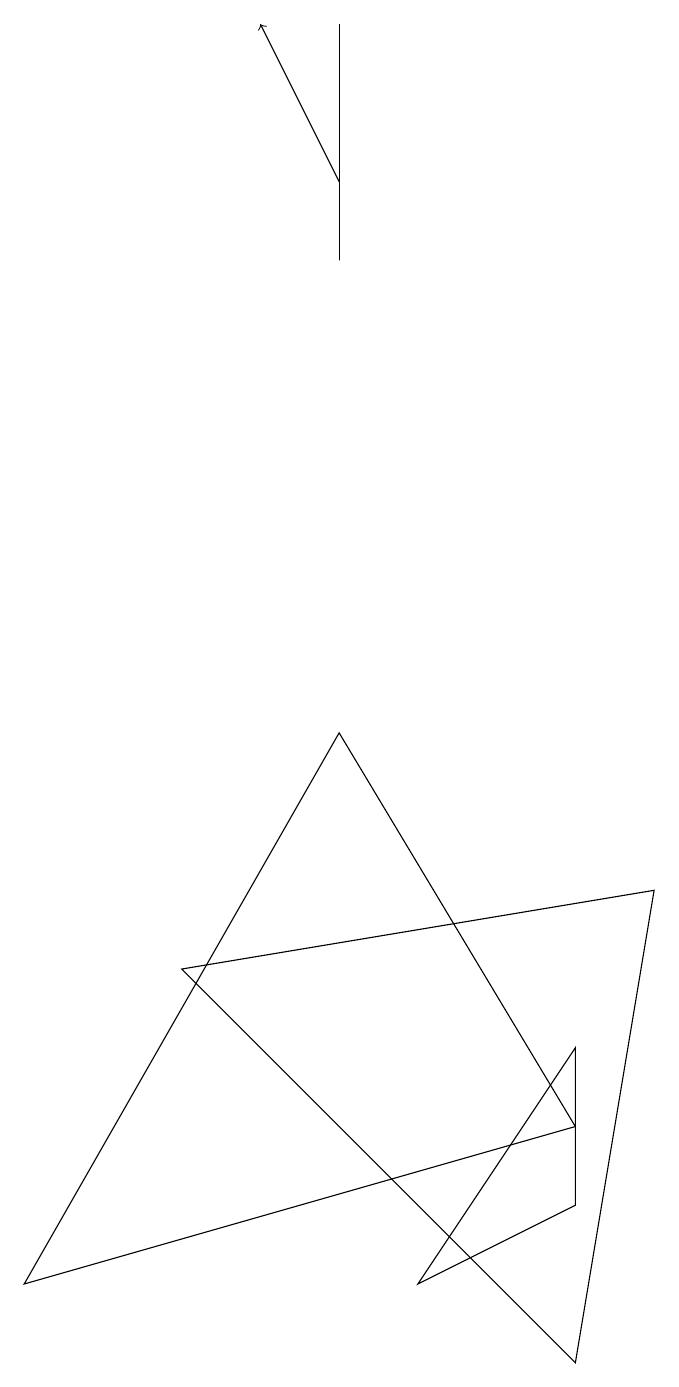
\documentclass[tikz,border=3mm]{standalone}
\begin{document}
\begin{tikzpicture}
\draw (7,3) -- (0,1) -- (4,8) -- cycle;
\draw (7,0) -- (8,6) -- (2,5) -- cycle;
\draw[->] (4,15) -- (3,17);
\draw (7,2) -- (5,1) -- (7,4) -- cycle;
\draw (4,14) rectangle (4,17);
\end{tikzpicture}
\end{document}